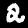
Digit: 2